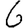
Digit: 6